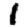
Digit: 1